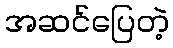
အဆင်ပြေတဲ့